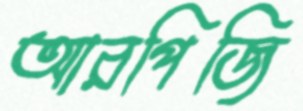
আরপিজি